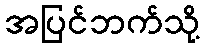
အပြင်ဘက်သို့